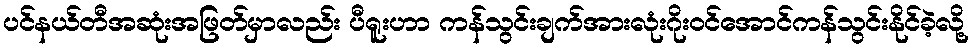
ပင်နယ်တီအဆုံးအဖြတ်မှာလည်း ပီရူးဟာ ကန်သွင်းချက်အားလုံးဂိုးဝင်အောင်ကန်သွင်းနိုင်ခဲ့လို့